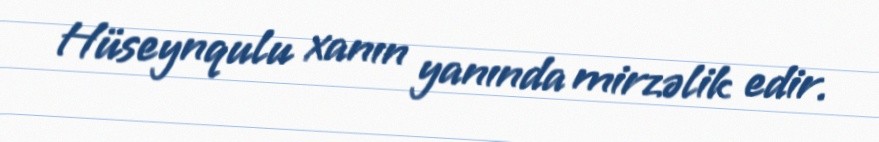
Hüseynqulu xanın yanında mirzəlik edir.